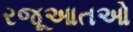
રજૂઆતઓ